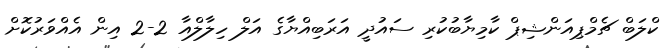
ކްލަބް ޗެމްޕިއަންޝިޕް ކާމިޔާބުކުރި ސައުދީ އަރަބިއްޔާގެ އަލް ހިލާލްއާ 2-2 އިން އެއްވަރުކޮށް